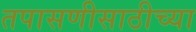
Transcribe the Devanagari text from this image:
तपासणीसाठीच्या